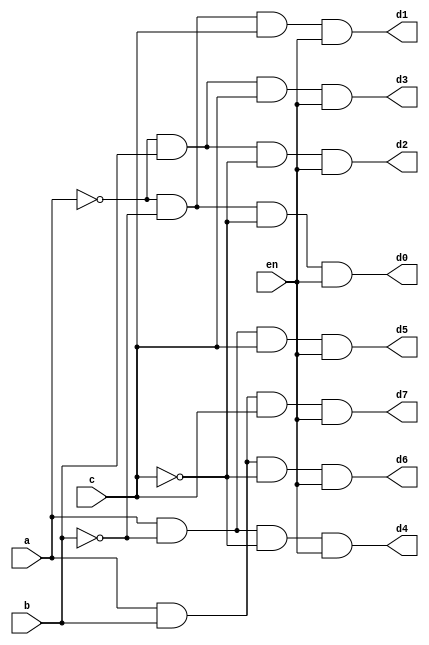
// 3:8 Decoder
// Created by Nitheesh Kumar - Aug 02 2020

module dec3_8 (
	input a, b, c, en,
	output d0, d1, d2, d3, d4, d5, d6, d7);

assign d0 = (~a & ~b & ~c & en),
	d1 = (~a & ~b & c & en),
	d2 = (~a &b & ~c & en),
	d3 = (~a &b & c & en),
	d4 = (a & ~b & ~c & en),
	d5 = (a & ~b & c & en),
	d6 = (a & b & ~c & en),
	d7 = (a & b & c & en);

endmodule